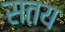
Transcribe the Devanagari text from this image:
सतय